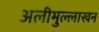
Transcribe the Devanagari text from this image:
अलीमुल्लाखन